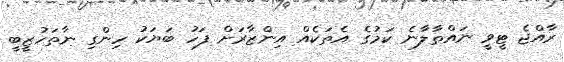
ރާއްޖެ ޓީވީ ނައްތާލާނެ ކަމުގެ އެތަކެއް އިންޒާރަށް ފަހު ބަޔަކު ހިންގި ނާތަހުޒީބީ